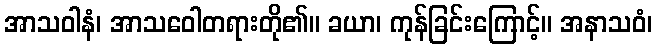
အာသဝါနံ၊ အာသဝေါတရားတို၏။ ခယာ၊ ကုန်ခြင်းကြောင့်။ အနာသဝံ၊